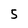
Character: 5